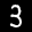
Label: 3